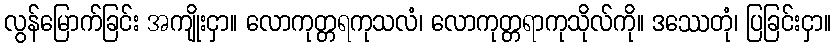
လွန်မြောက်ခြင်း အကျိုးငှာ။ လောကုတ္တရကုသလံ၊ လောကုတ္တရာကုသိုလ်ကို။ ဒဿေတုံ၊ ပြခြင်းငှာ။